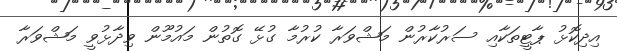
އިދިކޮޅު ޕާޓީތަކާއި ސަރުކާރުން މަޝްވަރާ ކުރުމާ ގުޅޭ ގޮތުން މައުމޫން ވިދާޅުވީ މަޝްވަރާ